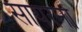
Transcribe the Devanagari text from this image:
सायरनों